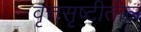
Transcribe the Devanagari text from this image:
वृत्तसृष्टीतील